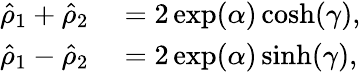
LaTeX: \begin{array}{rl}{\hat{\rho}_{1}+\hat{\rho}_{2}}&{{}=2\exp(\alpha)\cosh(\gamma),}\\ {\hat{\rho}_{1}-\hat{\rho}_{2}}&{{}=2\exp(\alpha)\sinh(\gamma),}\end{array}